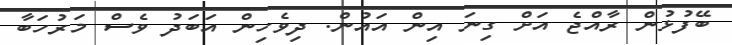
ބޭފުޅުން ރާއްޖެ އަށް ގިނަ އިން އައުން. ދިވެހިން އަބަދު ވެސް މަރުހަބާ